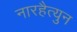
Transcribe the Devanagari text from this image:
नारहैत्युन